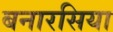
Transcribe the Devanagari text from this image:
बनारसिया